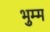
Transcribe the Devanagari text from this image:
भुम्म